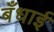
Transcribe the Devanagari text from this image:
बँधाई